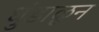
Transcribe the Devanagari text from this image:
धुंडाळून